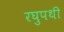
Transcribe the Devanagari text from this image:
रघुपथी